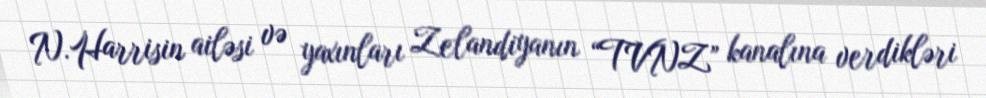
N.Harrisin ailəsi və yaxınları Zelandiyanın “TVNZ” kanalına verdikləri